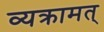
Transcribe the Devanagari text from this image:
व्यक्रामत्